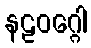
နဠဝဂ္ဂေါ